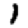
Digit: 1